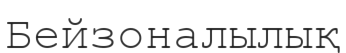
Бейзоналылық